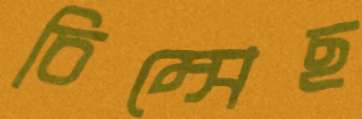
চিম্‌সেছ